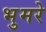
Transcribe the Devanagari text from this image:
भुमरे